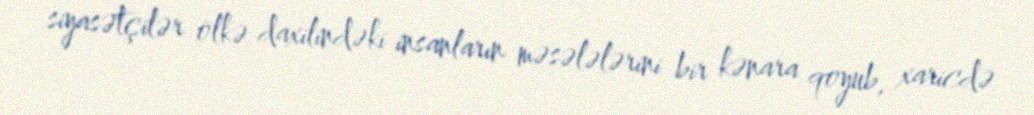
siyasətçilər ölkə daxilindəki insanların məsələlərini bir kənara qoyub, xaricdə